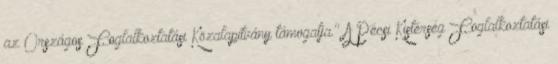
az Országos Foglalkoztatási Közalapítvány támogatja." A Pécsi Kistérség Foglalkoztatási